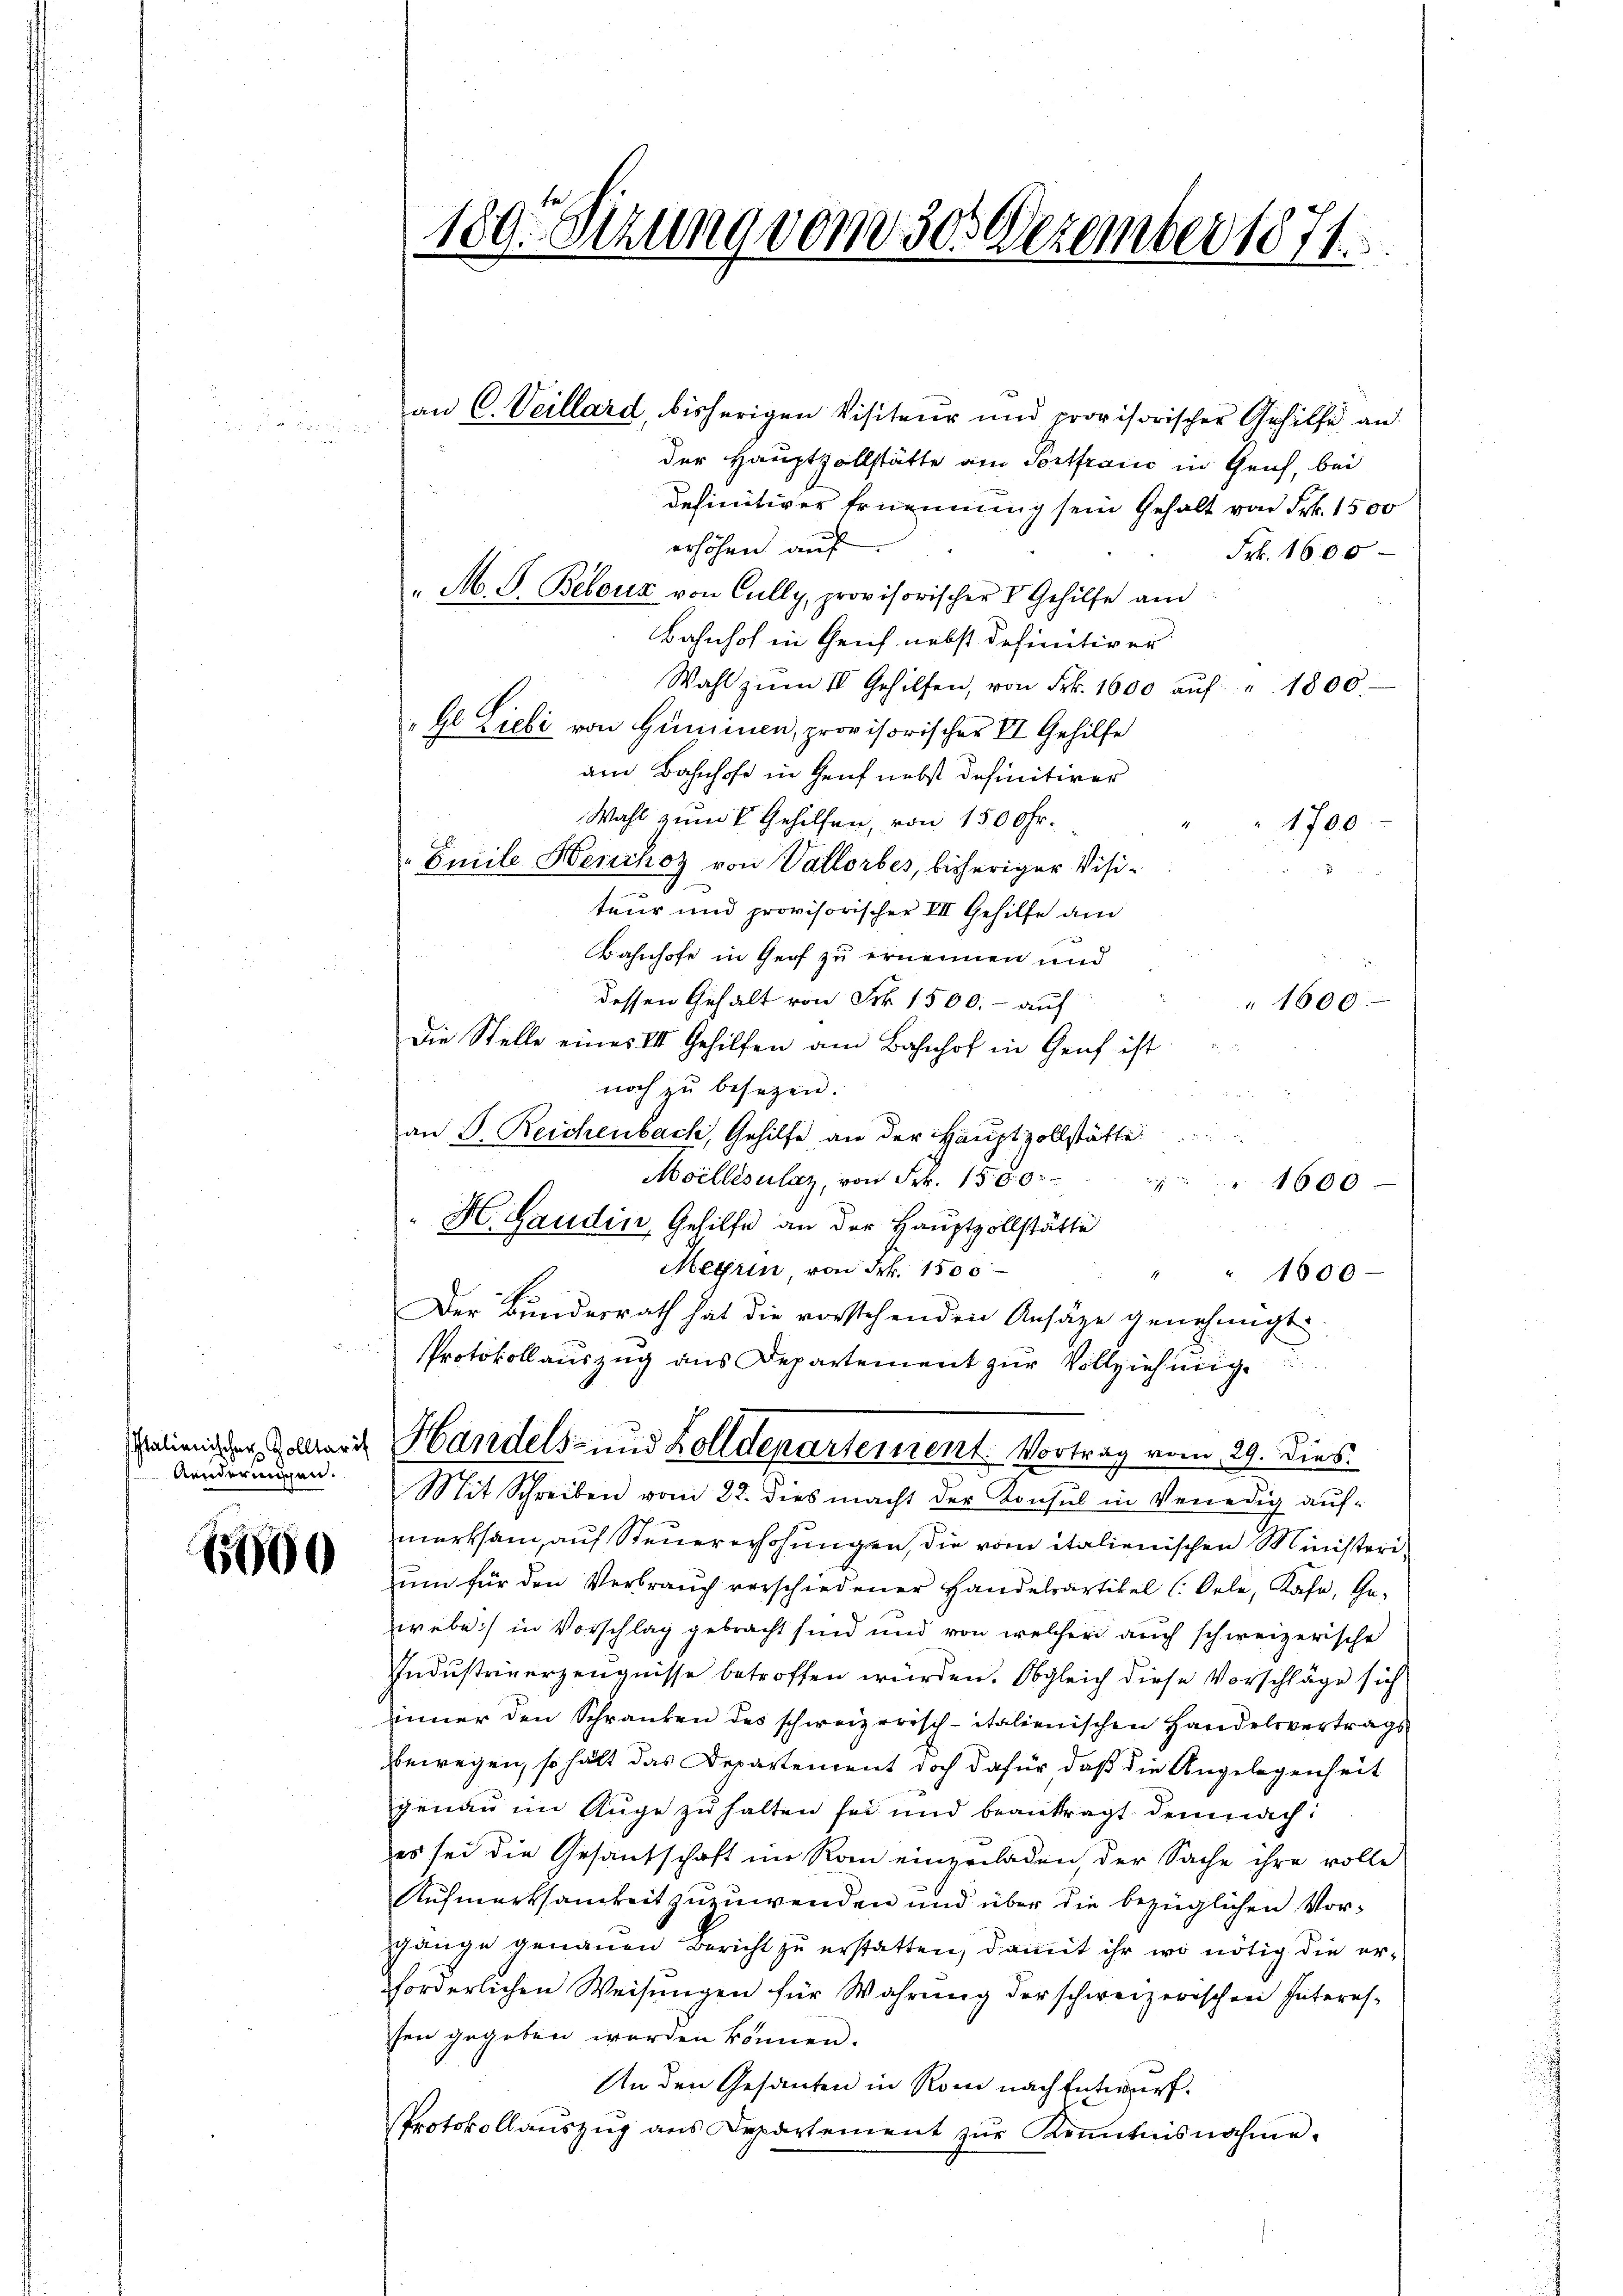
Aenderungen.

6600

189. Setzung vom 30. Dezember 1871.

an C. Veillard, bisherigen Visiteur und provisorischer Gehilfe an
der Hauptvollstätte am Portraue in Geich, bei
definitiver Ernennung sein Gehalt von Frk. 1500
erhöhen auf
Frk. 1600
"M. F. Bebouz von Cully, provisorischer V Gehilfe am
Bahnhof in Gleich nebst definitiver
Wahl zum II Gehilfen, von Frk. 1600 aŭf " 1800
Ge Liebi von Guminen, provisorischer VI Gehilfe
am Bahnhofe in Genf nebst definitiver
Wahl zum I Gehilfen, von 1500 Fr.
1700
Emile Henchoz von Vallorbes, bisheriger Visiteur und provisorischer VII Gehilfe am
Bahnhofe in Genf zu ernennen und
dessen Gehalt von Frk. 1500.- auf
" 1600.
Die Stelle eines III Gehilfen am Bahnhof in Genf ist
noch zu besetzen.
an D. Reichenbach, Gehilfe an der Hauptzollstätte
Moellésulaz, von Frk. 1500

1600
H. Gaudin, Gehilfe an der Hauptzollstätte
Meyrin, von Frk. 1500
1
" 1600
Der Bundesrath hat die vorstehenden Ansätze genehmigt
Protokollauszug aus Departement zur Vollziehung
aliener Zollende Handels- und Zolldepartement. Vortrag vom 29. Dies
Mit Schreiben vom 22. dies macht der Konsul in Venedig auf-
merksam, auf Steuererhöhungen, die vom italienischen Ministerium für den Verbrauch verschiedener Handelsartikel l Oele, Kase, Ge-
webe) in Vorschlag gebracht sind und von welcher auch schweizerische
Industreuerzeugnisse betroffen würden. Obgleich diese Vorschläge sich
inner den Schranken des schweizerisch-italienischen Handelsvertrags
bewegen, so hält das Departement doch dafür, daß die Angelegenheit
genau im Auge zu halten sei und beantragt demnach:
es sei die Gesantschaft im Rom einzuladen, der Sache ihre volle
Aufmerksamkeit zuzuwenden und über die bezüglichen Vorgänge genauen Bericht zu erstatten, damit ihr wo nötig die erforderlichen Weisungen für Wahrung der schweizerischen Interes-
sen gegeben worden können.
An den Gesanten in Rom nach Entwurf.
Protokollauszug aus Departement zur Kenntnisnahme.